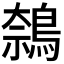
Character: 𬷝